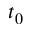
t _ { 0 }